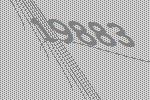
19883